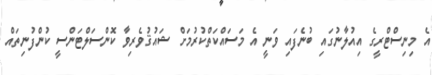
އެ މިނިސްޓްރީގެ އިއުލާނުގައި ބުނެފައި ވަނީ އެ މަސައްކަތްކުރުމަށް ޝައުޤުވެރިވާ ކޮންސަލްޓަންސީ ކުންފުނިތައް